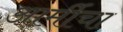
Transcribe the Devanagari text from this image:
आर्मीचा